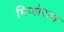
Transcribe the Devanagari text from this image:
मिजोराम